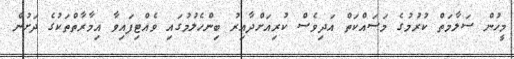
މީހުން ސަލާމަތް ކުރުމުގެ މަސައްކަތް އަދިވެސް ކުރިއަށްދާއިރު ބިންހެލުމުގައި ވެއްޓިފައިވާ އިމާރާތްތަކުގެ ދަށުން